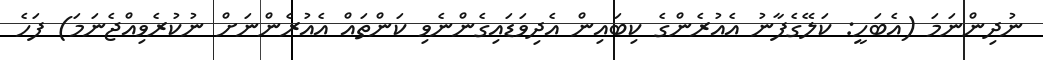
ނުދިންނަމަ (އެބަހީ: ކަލޭގެފާނު އެއުރެންގެ ކިބައިން އެދިވަޑައިގެންނެވި ކަންތައް އެއުރެންނަށް ނުކުރެވިއްޖެނަމަ) ފަހެ